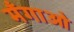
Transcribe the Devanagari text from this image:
मँगाओ